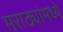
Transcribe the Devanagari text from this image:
मराठ्यांमध्ये